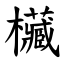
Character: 欌